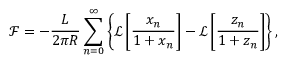
\mathcal { F } = - \frac { L } { 2 \pi R } \sum _ { n = 0 } ^ { \infty } \left\{ \mathcal { L } \left[ \frac { x _ { n } } { 1 + x _ { n } } \right] - \mathcal { L } \left[ \frac { z _ { n } } { 1 + z _ { n } } \right] \right\} ,